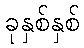
ခုနှစ်နှစ်